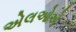
એલઓએ